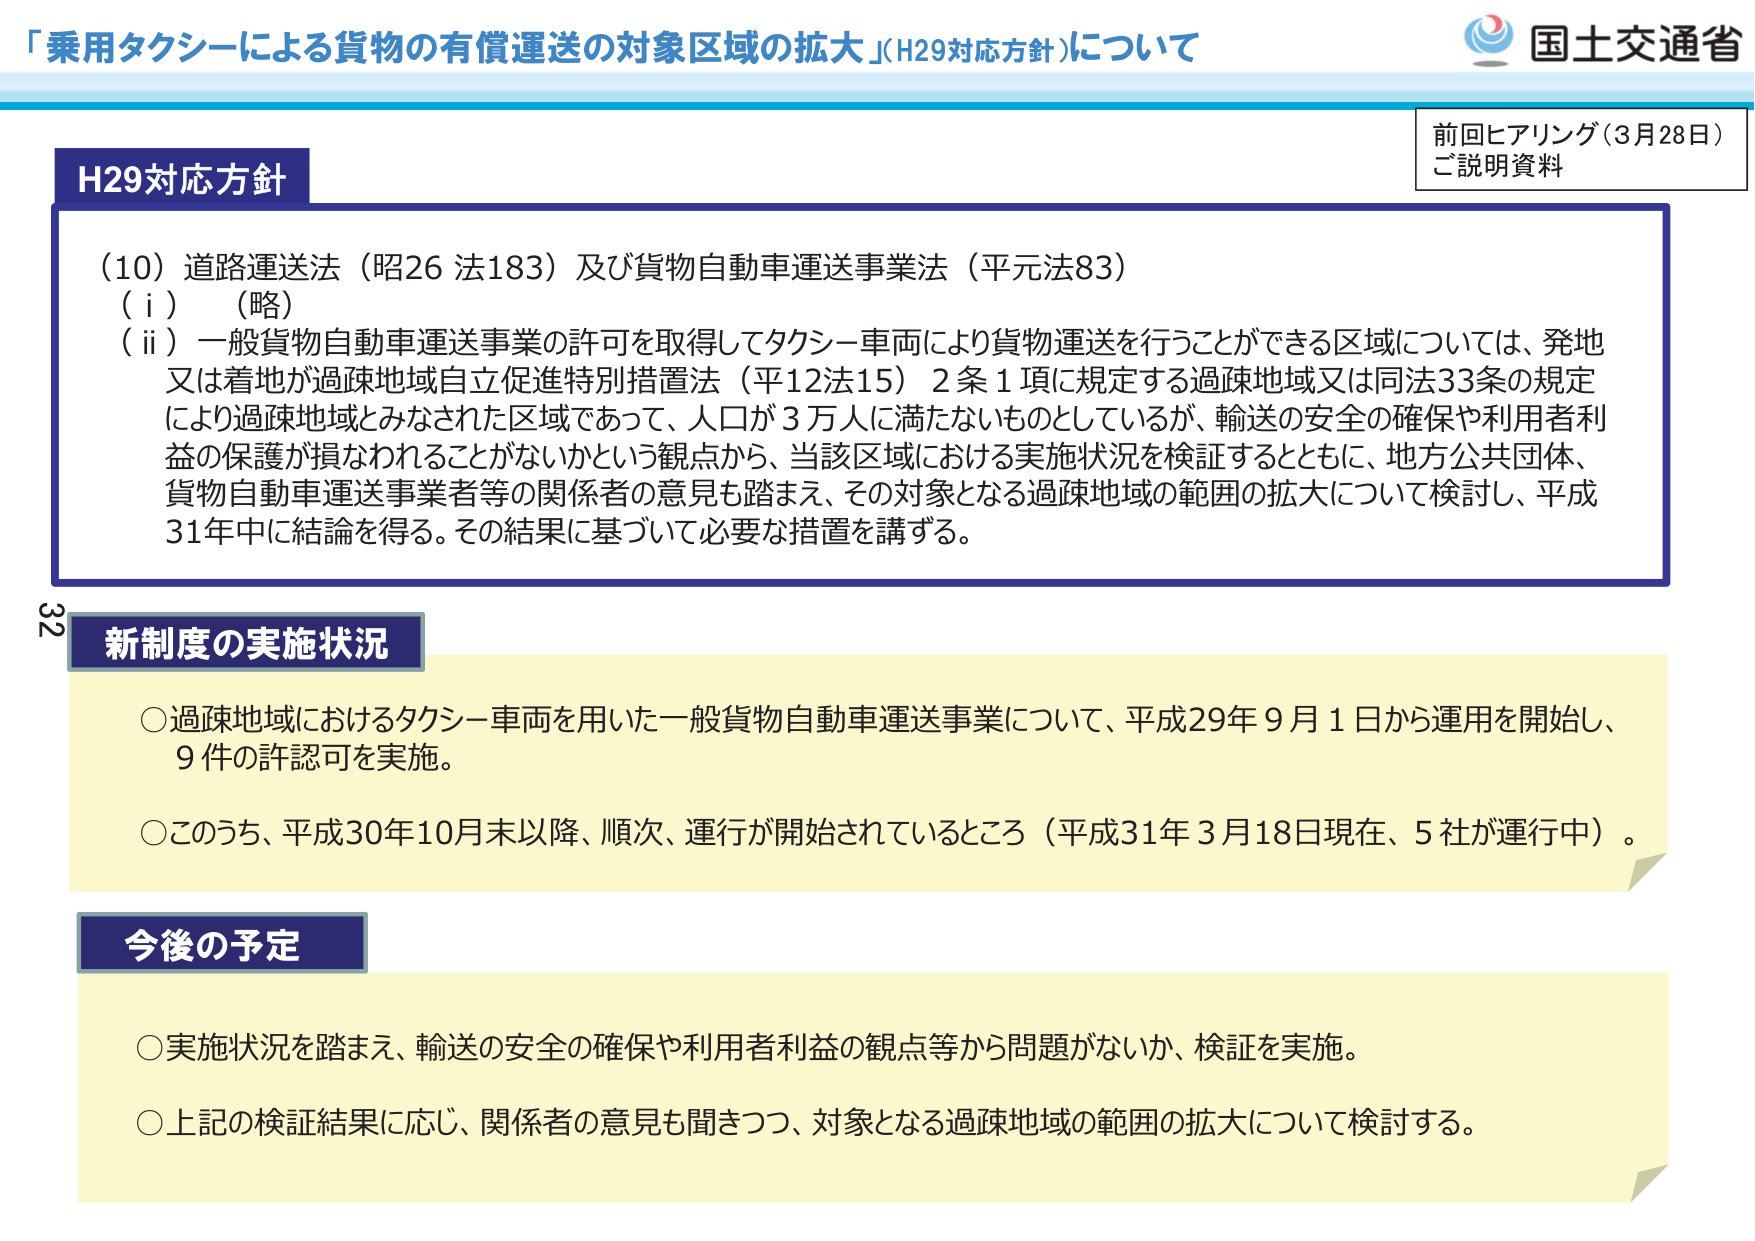
「乗用タクシーによる貨物の有償運送の対象区域の拡大」（H29対応方針）について

国土交通省

前回ヒアリング（3月28日）
ご説明資料

H29対応方針

（10）道路運送法（昭26 法183）及び貨物自動車運送事業法（平元法83）
（ⅰ）（略）
（ⅱ）一般貨物自動車運送事業の許可を取得してタクシー車両により貨物運送を行うことができる区域については、発地又は着地が過疎地域自立促進特別措置法（平12法15）2条1項に規定する過疎地域又は同法33条の規定により過疎地域とみなされた区域であって、人口が3万人に満たないものとしているが、輸送の安全の確保や利用者利益の保護が損なわれることがないかという観点から、当該区域における実施状況を検証するとともに、地方公共団体、貨物自動車運送事業者等の関係者の意見も踏まえ、その対象となる過疎地域の範囲の拡大について検討し、平成31年中に結論を得る。その結果に基づいて必要な措置を講ずる。

32

新制度の実施状況

○過疎地域におけるタクシー車両を用いた一般貨物自動車運送事業について、平成29年9月1日から運用を開始し、9件の許認可を実施。

○このうち、平成30年10月末以降、順次、運行が開始されているところ（平成31年3月18日現在、5社が運行中）。

今後の予定

○実施状況を踏まえ、輸送の安全の確保や利用者利益の観点等から問題がないか、検証を実施。

○上記の検証結果に応じ、関係者の意見も聞きつつ、対象となる過疎地域の範囲の拡大について検討する。